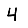
Digit: 4